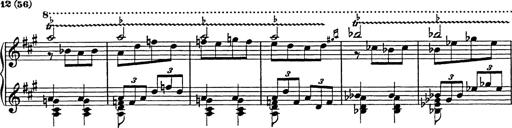
Title: Galop in A minor
Composer: Franz Liszt
Key: A minor